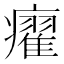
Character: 㿑